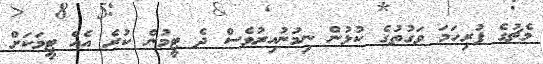
މެޗުގެ ފުރިހަމަ ވަގުތުގެ ކުޅުން ނިމުނުއިރުވެސް ދެ ޓީމުން ކުރެ އެއް ޓީމަކަށް